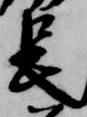
長